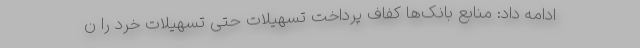
ادامه داد: منابع بانک‌ها کفاف پرداخت تسهیلات حتی تسهیلات خرد را ن